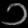
Digit: ၁